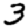
Digit: 3